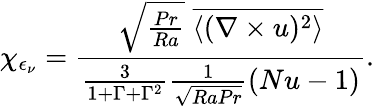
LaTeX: \chi_{\epsilon_{\nu}}=\frac{\sqrt{\frac{Pr}{Ra}}\; \overline{{\left\langle(\nabla\times u)^{2}\right\rangle}}}{\frac{3}{1+\Gamma+\Gamma^{2}}\frac{1}{\sqrt{RaPr}}(Nu-1)}.